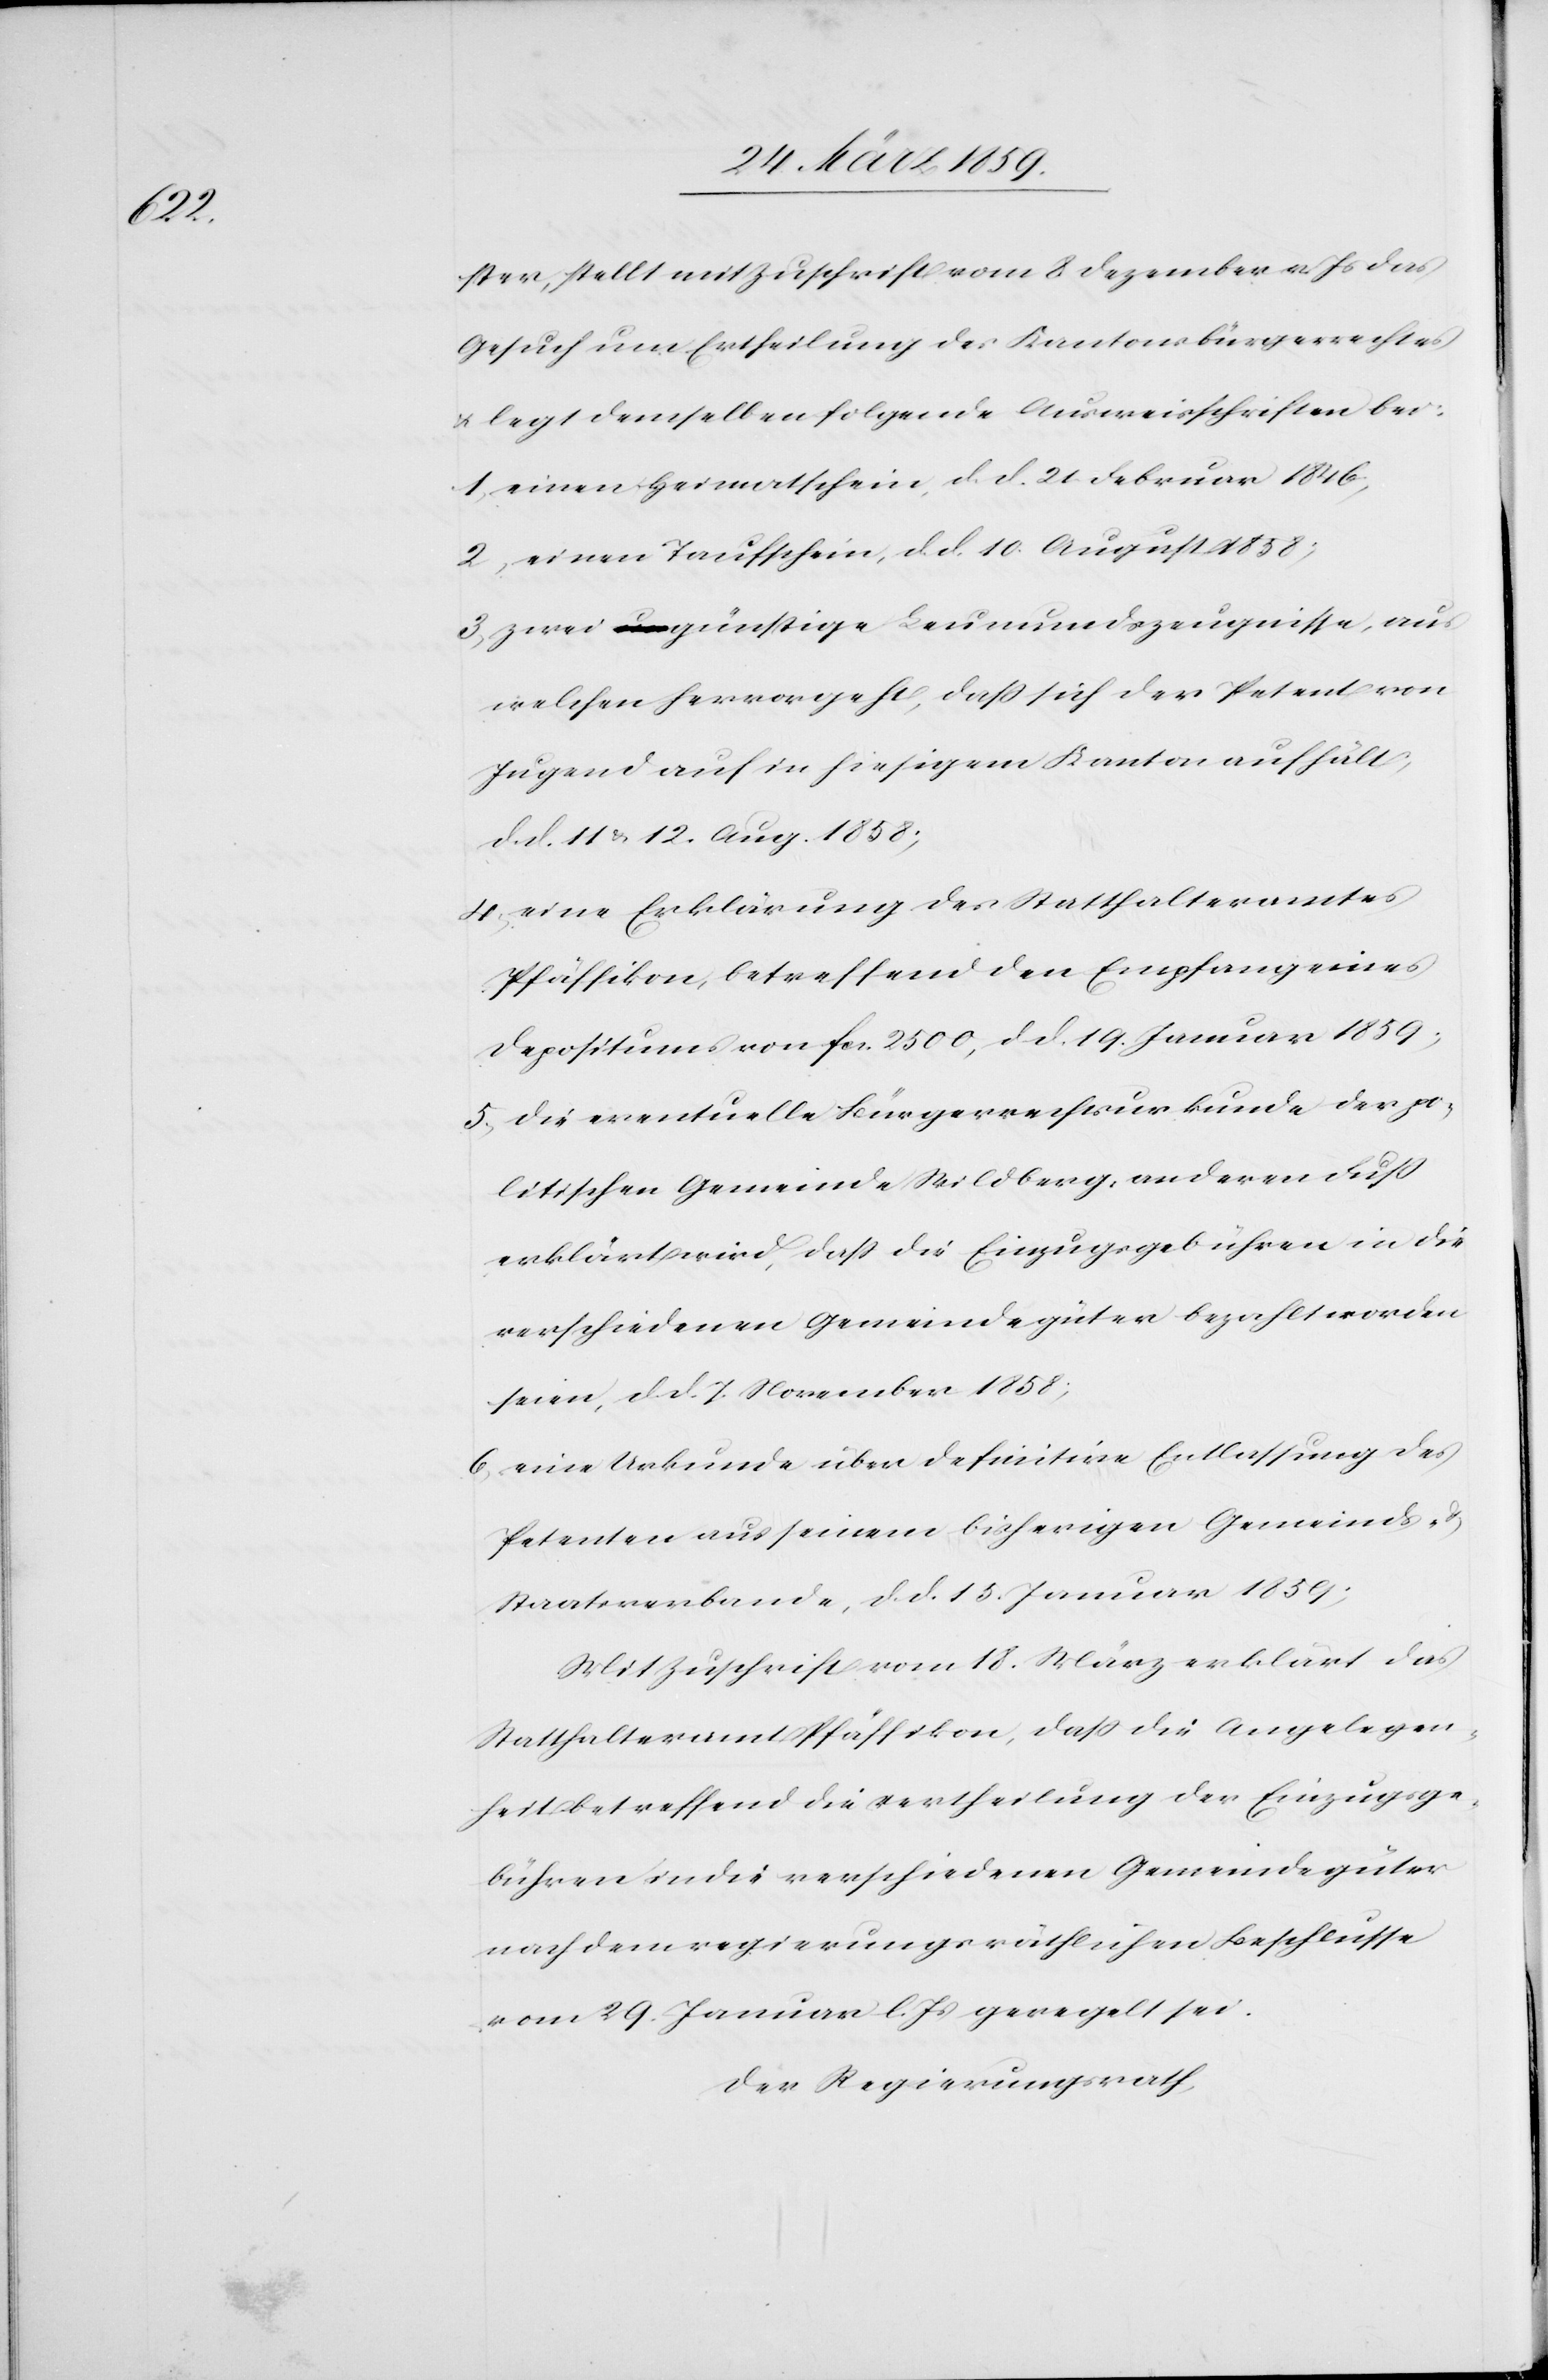
ster, stellt mit Zuschrift vom 8 Dezember v. Js das
Gesuch um Ertheilung des Kantonsbürgerrechtes
u. legt demselben folgende Ausweisschriften bei:
1) einen Heimatschein, d. d. 21. Februar 1846,
2) einen Taufschein, d. d. 10. August 1858;
3) zwei günstige Leumundszeugnisse, aus
welchen hervorgeht, daß sich der Petent von
Jugend auf in hiesigem Kanton aufhält,
d. d. 11 & 12. Aug. 1858;
4) eine Erklärung des Statthalteramtes
Pfäffikon, betreffend den Empfang eines
Depositums von fcs. 2500, d. d. 19. Januar 1859;
5) die eventuelle Bürgerrechtsurkunde der po¬
litischen Gemeinde Wildberg, an deren Fuß
erklärt wird, daß die Einzugsgebühren in die
verschiedenen Gemeindegüter bezahlt worden
seien, d. d. 7. November 1858;
6) eine Urkunde über definitive Entlassung des
Petenten aus seinem bisherigen Gemeinds-
Staatsverbande, d. d. 15. Januar 1859;
Mit Zuschrift vom 18. März erklärt das
Statthalteramt Pfäffikon, daß die Angelegen¬
heit betreffend die Vertheilung der Einzugsge¬
bühren in die verschiedenen Gemeindegüter
nach dem regierungsräthlichen Beschlusse
vom 29. Januar l. Js geregelt sei.
Der Regierungsrath,